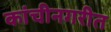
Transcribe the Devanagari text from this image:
कांचीनगरीत